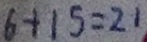
6 + 1 5 = 2 1